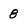
Character: 8